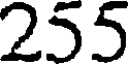
255